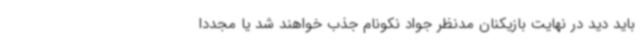
باید دید در نهایت بازیکنان مدنظر جواد نکونام جذب خواهند شد یا مجددا